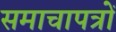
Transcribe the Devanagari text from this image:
समाचापत्रों